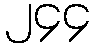
၂၄၄